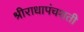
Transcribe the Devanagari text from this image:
श्रीराधापंचशती